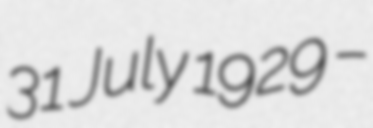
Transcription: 31 July 1929 –